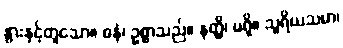
နွားနှင့်တူသော။ ဓနံ၊ ဥစ္စာသည်။ နတ္ထိ၊ မရှိ။ သူရိယသမာ၊